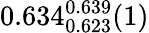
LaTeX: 0.634_{0.623}^{0.639}(1)